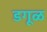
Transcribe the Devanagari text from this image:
डगूळ